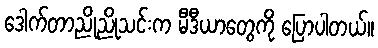
ဒေါက်တာညိုညိုသင်းက မီဒီယာတွေကို ပြောပါတယ်။